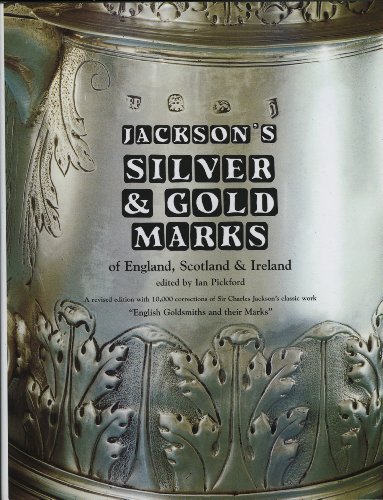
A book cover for Jackson's Silver and Gold Marks of England, Scotland & Ireland; Crafts, Hobbies & Home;